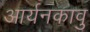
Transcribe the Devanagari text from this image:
आर्यनकावु